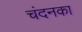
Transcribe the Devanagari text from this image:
चंदनका